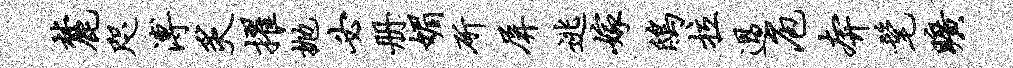
麓咫溥炙擢抛必册媚斫屏逃嫁鸱拉过庖奔髦旷